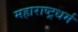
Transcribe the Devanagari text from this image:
महाराष्ट्रधर्म